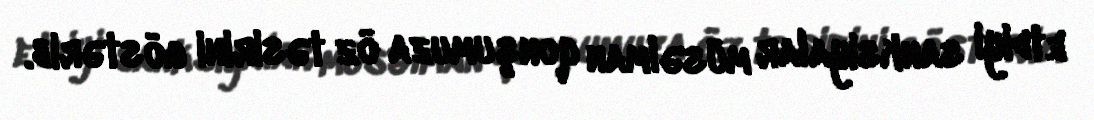
etdiyi sanksiyalar müsəlman qonşumuza öz təsirini göstərib.